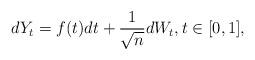
LaTeX: \begin{align*}dY_t=f(t)dt+\frac{1}{\sqrt{n}}dW_t,t\in[0,1],\end{align*}